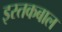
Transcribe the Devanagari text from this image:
इस्तकबाल